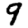
Digit: 9